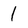
Character: 1